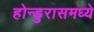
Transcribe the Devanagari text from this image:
होन्डुरासमध्ये